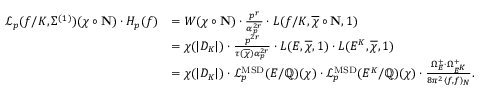
\begin{array} { r l } { \mathcal { L } _ { p } ( f / K , \Sigma ^ { ( 1 ) } ) ( \chi \circ \mathbf { N } ) \cdot H _ { p } ( f ) } & { = W ( \chi \circ \mathbf { N } ) \cdot \frac { p ^ { r } } { \alpha _ { p } ^ { 2 r } } \cdot L ( f / K , \overline { { \chi } } \circ \mathbf { N } , 1 ) } \\ & { = \chi ( \vert D _ { K } \vert ) \cdot \frac { p ^ { 2 r } } { \tau ( \overline { { \chi } } ) \alpha _ { p } ^ { 2 r } } \cdot L ( E , \overline { { \chi } } , 1 ) \cdot L ( E ^ { K } , \overline { { \chi } } , 1 ) } \\ & { = \chi ( \vert D _ { K } \vert ) \cdot \mathcal { L } _ { p } ^ { \mathrm { M S D } } ( E / \mathbb { Q } ) ( \chi ) \cdot \mathcal { L } _ { p } ^ { \mathrm { M S D } } ( E ^ { K } / \mathbb { Q } ) ( \chi ) \cdot \frac { \Omega _ { E } ^ { + } \cdot \Omega _ { E ^ { K } } ^ { + } } { 8 \pi ^ { 2 } \langle f , f \rangle _ { N } } . } \end{array}